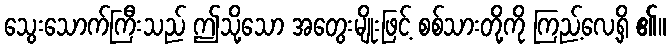
သွေးသောက်ကြီးသည် ဤသို့သော အတွေးမျိုးဖြင့် စစ်သားတို့ကို ကြည့်လေ့ရှိ ၏။